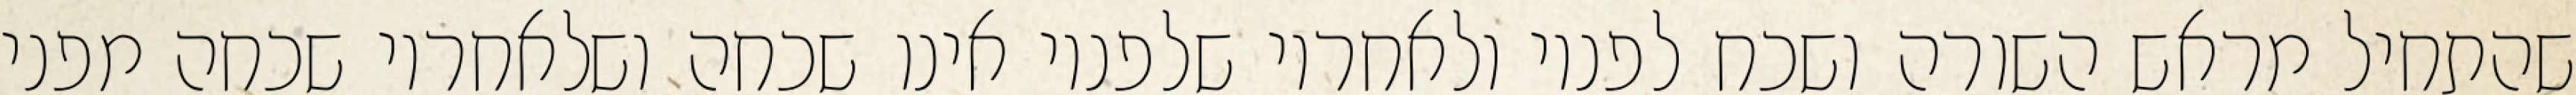
שהתחיל מראש השורה ושכח לפניו ולאחריו שלפניו אינו שכחה ושלאחריו שכחה מפני